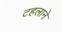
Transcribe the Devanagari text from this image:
टहलाने